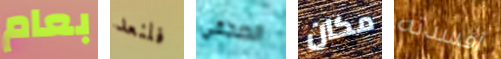
بعام فلنعد الصحفي مكان أفسدته